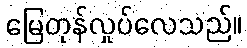
မြေတုန်လှုပ်လေသည်။